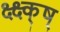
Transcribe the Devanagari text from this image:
क्ष्क्ष्क्ष्